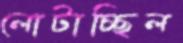
লোটাচ্ছিল